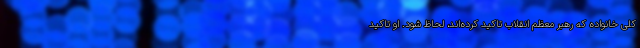
کلی خانواده که رهبر معظم انقلاب تاکید کرد‌ه‌اند، لحاظ شود. او تاکید